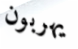
يهربون